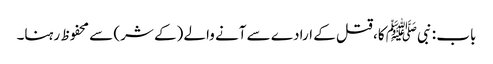
باب : نبیﷺ کا، قتل کے ارادے سے آنے والے (کے شر) سے محفوظ رہنا۔